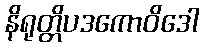
နိရုတ္တိပဒကောဝိဒေါ